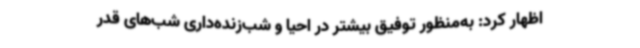
اظهار کرد: به‌منظور توفیق بیشتر در احیا و شب‌زنده‌داری شب‌های قدر